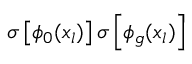
\sigma \left[ \phi _ { 0 } ( x _ { l } ) \right] \sigma \left[ \phi _ { g } ( x _ { l } ) \right]